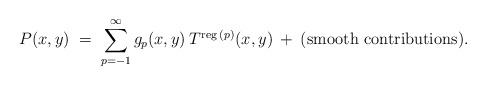
\begin{align*}P(x,y) \;=\; \sum_{p=-1}^\infty g_p(x,y) \:T^{\mbox{\scriptsize{reg}}\:(p)}(x,y) \:+\: {\mbox{(smooth contributions)}}.\end{align*}